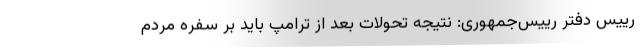
رییس دفتر رییس‌جمهوری: نتیجه تحولات بعد از ترامپ باید بر سفره مردم